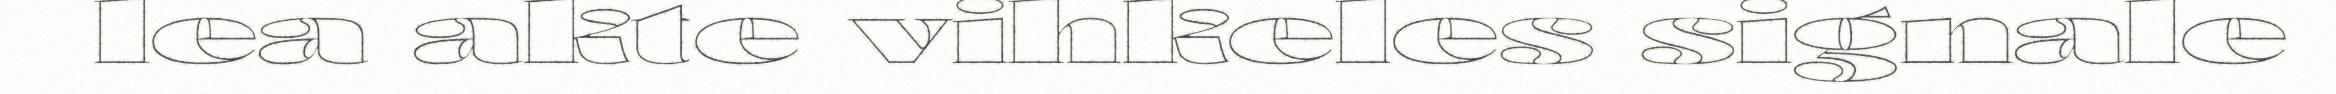
lea akte vihkeles signale